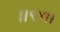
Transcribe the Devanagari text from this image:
।।९४।।